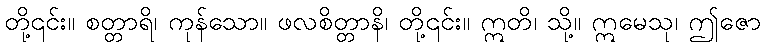
တို့၎င်း။ စတ္တာရိ၊ ကုန်သော။ ဖလစိတ္တာနိ၊ တို့၎င်း။ ဣတိ၊ သို့။ ဣမေသု၊ ဤဇော